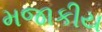
મજાકીય